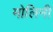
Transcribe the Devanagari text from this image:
मोलिनी